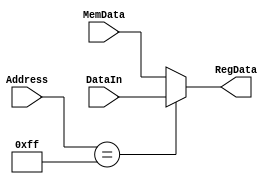
module Parallel_in ( 
		     input [7:0] Address, MemData, DataIn,
		     output reg [7:0] RegData
);
	
	reg sel;
	always @(*) begin
		if (Address == 8'hff)
			RegData <= DataIn;
		else
			RegData <= MemData;	
	end

endmodule